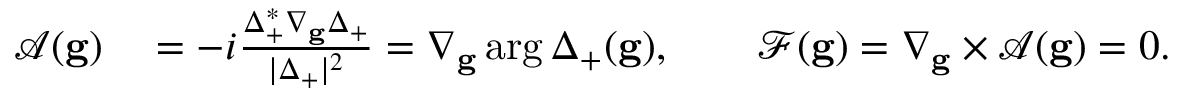
\begin{array} { r l } { \mathcal { A } ( \mathbf { g } ) } & { { } = - i \frac { \Delta _ { + } ^ { * } \nabla _ { \mathbf { g } } \Delta _ { + } } { | \Delta _ { + } | ^ { 2 } } = \nabla _ { \mathbf { g } } \arg \Delta _ { + } ( \mathbf { g } ) , \qquad \mathcal { F } ( \mathbf { g } ) = \nabla _ { \mathbf { g } } \times \mathcal { A } ( \mathbf { g } ) = 0 . } \end{array}